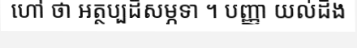
ហៅ ថា អត្ថប្បដិសម្ភទា ។ បញ្ញា យល់ដឹង